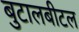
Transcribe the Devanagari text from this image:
बुटालबीटल